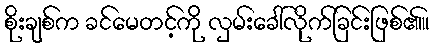
စိုးချစ်က ခင်မေတင့်ကို လှမ်းခေါ်လိုက်ခြင်းဖြစ်၏။